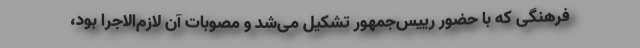
فرهنگی که با حضور رییس‌جمهور تشکیل می‌شد و مصوبات آن لازم‌الاجرا بود،